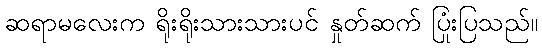
ဆရာမလေးက ရိုးရိုးသားသားပင် နှုတ်ဆက် ပြုံးပြသည်။